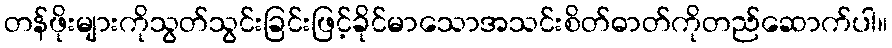
တန်ဖိုးများကိုသွတ်သွင်းခြင်းဖြင့်ခိုင်မာသောအသင်းစိတ်ဓာတ်ကိုတည်ဆောက်ပါ။